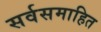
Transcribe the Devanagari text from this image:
सर्वसमाहित